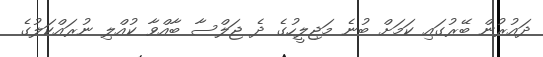
ދައުރުން ބޭރުގައި ކަމަށް ބުނެ މަޖިލީހުގެ ދެ ޖަލްސާ ބާއްވާ ކުއްލި ނުރައްކަލުގެ